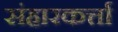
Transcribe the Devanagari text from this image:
संहारकर्त्ता